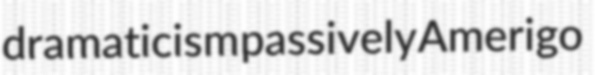
dramaticism passively Amerigo